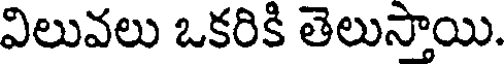
విలువలు ఒకరికి తెలుస్తాయి.